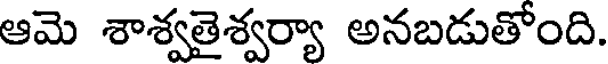
ఆమె శాశ్వతైశ్వర్యా అనబడుతోంది.